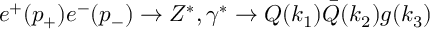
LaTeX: e ^ { + } ( p _ { + } ) e ^ { - } ( p _ { - } ) \rightarrow Z ^ { \ast } , \gamma ^ { \ast } \rightarrow Q ( k _ { 1 } ) \bar { Q } ( k _ { 2 } ) g ( k _ { 3 } )